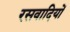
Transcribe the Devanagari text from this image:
रसवादियों